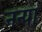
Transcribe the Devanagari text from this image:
नन्पा